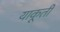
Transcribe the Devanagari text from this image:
याकूती